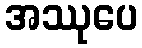
အဿုပေ